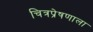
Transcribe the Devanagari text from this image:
चित्रप्रेषणाला